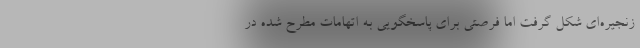
زنجیره‌ای شکل گرفت اما فرصتی برای پاسخگویی به اتهامات مطرح شده در